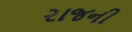
રાજની